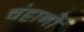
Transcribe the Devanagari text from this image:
चंट्टानों